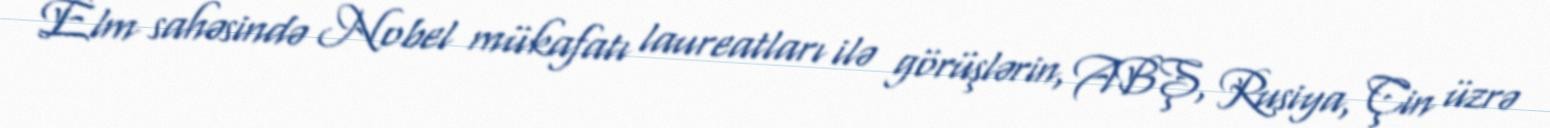
Elm sahəsində Nobel mükafatı laureatları ilə görüşlərin, ABŞ, Rusiya, Çin üzrə